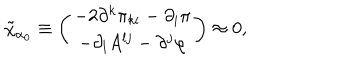
LaTeX: \tilde { \chi } _ { \alpha _ { 0 } } \equiv \left( \begin{array} { c } { { - 2 \partial ^ { k } \pi _ { k i } - \partial _ { i } \pi } } \\ { { - \partial _ { l } A ^ { l j } - \partial ^ { j } \varphi } } \\ \end{array} \right) \approx 0 ,